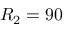
R _ { 2 } = 9 0